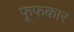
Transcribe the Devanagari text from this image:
फूफकार